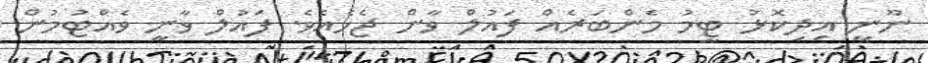
ނޫނީ އިދިކޮޅު ޓީމު މެންބަރެއް ފައުލް ވާން ޖެހެއެވެ. ފައުލް ވާނީ ވެއްޓުމުން